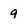
Character: 9